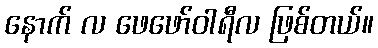
နောက် လ ဖေဖော်ဝါရီလ ဖြစ်တယ်။